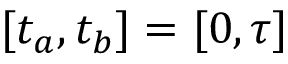
[ t _ { a } , t _ { b } ] = [ 0 , \tau ]